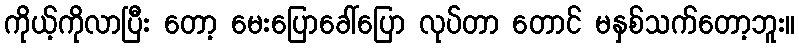
ကိုယ့်ကိုလာပြီး တော့ မေးပြောခေါ်ပြော လုပ်တာ တောင် မနှစ်သက်တော့ဘူး။